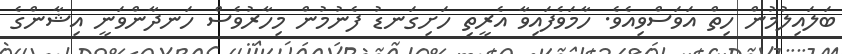
ބަލައިލުމުން ހިތް އަވަސްވިއެވެ. ހާމަވެފައިވާ އެރީތި ހަށިގަނޑު ފެނުމުން މިހާރުވެސް ހަނދާންވަނީ އިޝާންގެ